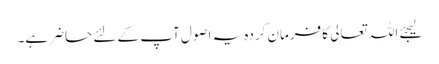
لیجئے اللہ تعالی کا فرمان کردہ یہ اصول آپ کے لئے حاضر ہے۔